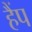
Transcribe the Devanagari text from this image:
हैंप